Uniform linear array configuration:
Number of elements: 12
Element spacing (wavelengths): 0.5
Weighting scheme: cosine
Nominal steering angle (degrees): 60
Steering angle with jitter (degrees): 58.233
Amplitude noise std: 0.05
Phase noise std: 0.05

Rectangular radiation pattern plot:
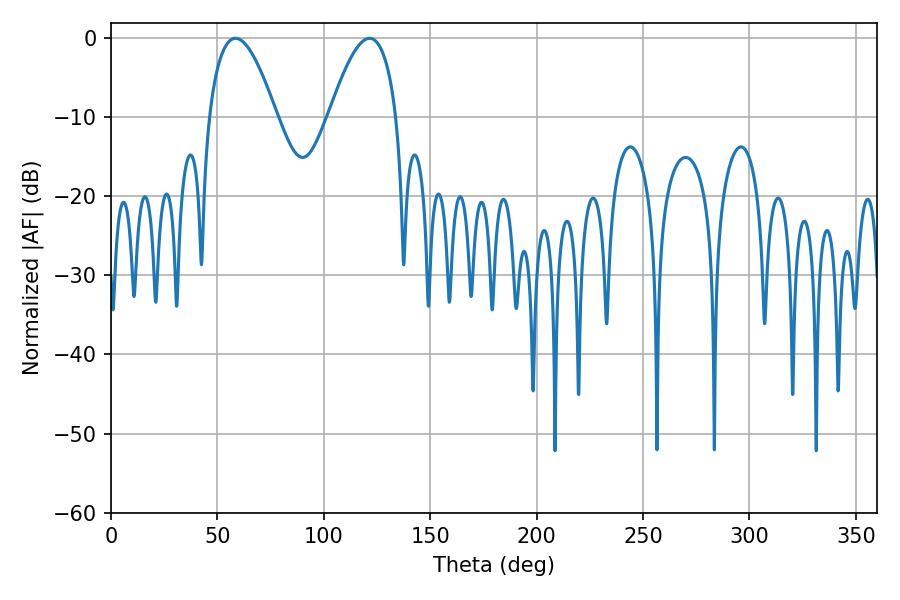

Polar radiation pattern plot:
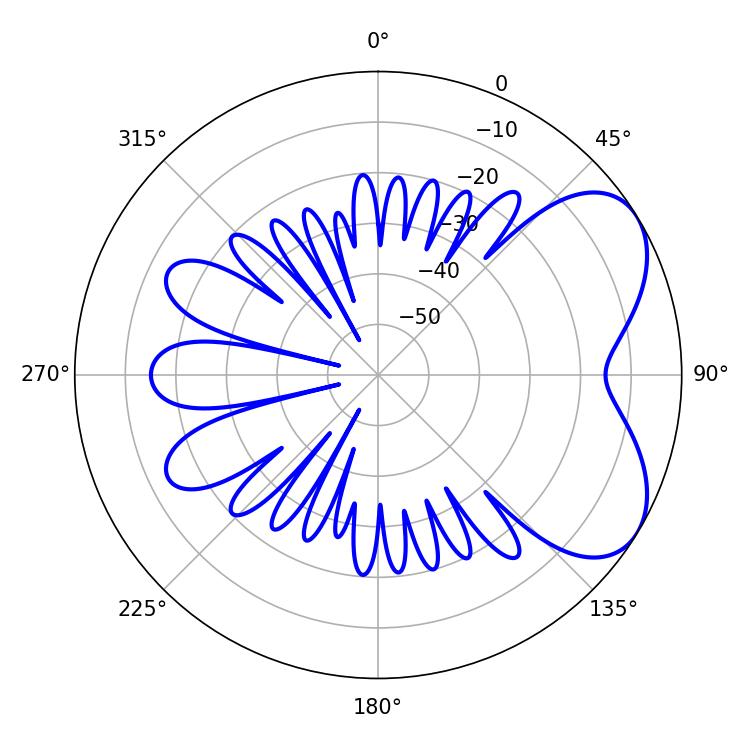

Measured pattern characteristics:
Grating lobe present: FALSE
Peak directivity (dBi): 5.592
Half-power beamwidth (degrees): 17.28
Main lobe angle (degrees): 58.5